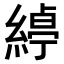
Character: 𮈱